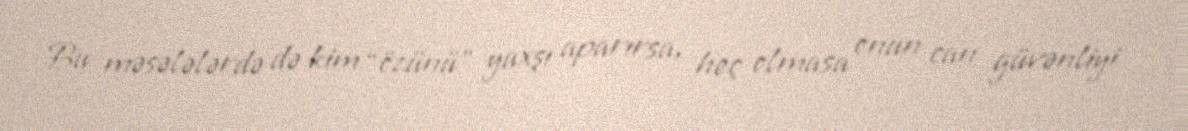
Bu məsələlərdə də kim “özünü” yaxşı aparırsa, heç olmasa onun can güvənliyi